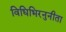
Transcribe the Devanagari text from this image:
विधिभिरनुनीता